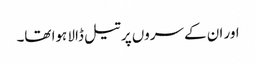
اور ان کے سروں پر تیل ڈالا ہوا تھا۔